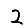
Digit: 2